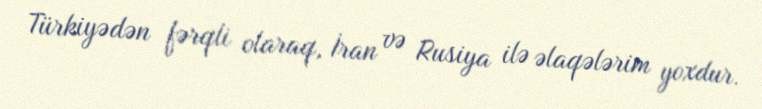
Türkiyədən fərqli olaraq, İran və Rusiya ilə əlaqələrim yoxdur.